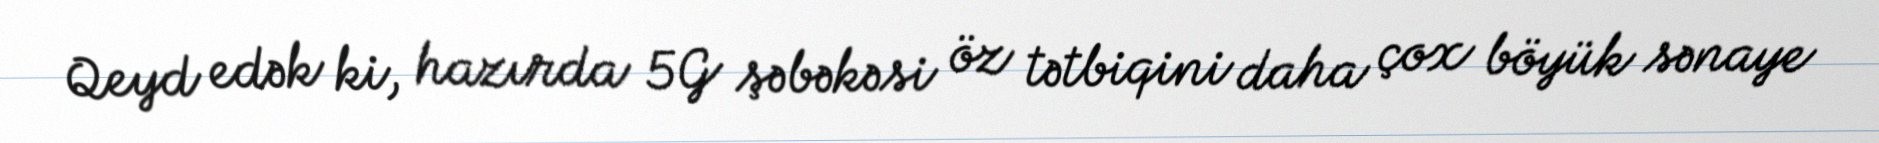
Qeyd edək ki, hazırda 5G şəbəkəsi öz tətbiqini daha çox böyük sənaye